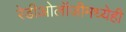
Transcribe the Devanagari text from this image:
रेडीओलॉजीमध्येही